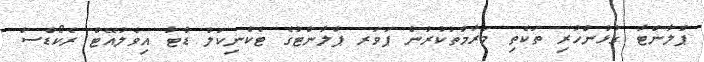
ޕްލާންޓާ ގުޅުންހުރި ތަކެތި މަރާމާތުކުރުން ޕަވަރ ޕްލާންޓުގެ ޓެކްނިކަލް ޑާޓާ އިވެލުއޭޓް ރެކޯޑްސް